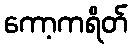
ကော့ကရိတ်